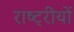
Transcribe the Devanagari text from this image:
राष्ट्रीयों